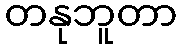
တနုဘူတာ